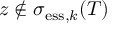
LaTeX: z \not \in \sigma _ { \mathrm { e s s } , k } ( T )